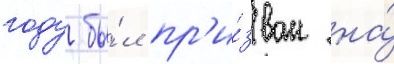
году бы́л пр'и́зван на́